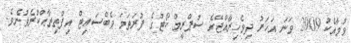
ވުމާއެކު 2009 ވަނަ އަހަރު ދިވެހިރާއްޖޭގެ ސުޕްރީމް ކޯޓުގެ ފުރަތަމަ ވެބްސައިޓް އިފްތިތާޙްކުރެވުނެވެ.